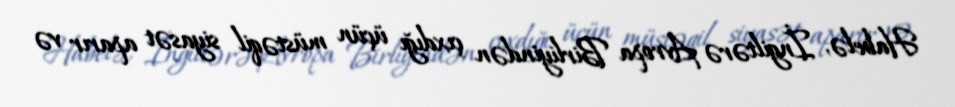
Habelə, İngiltərə Avropa Birliyindən çıxdığı üçün müstəqil siyasət aparır və